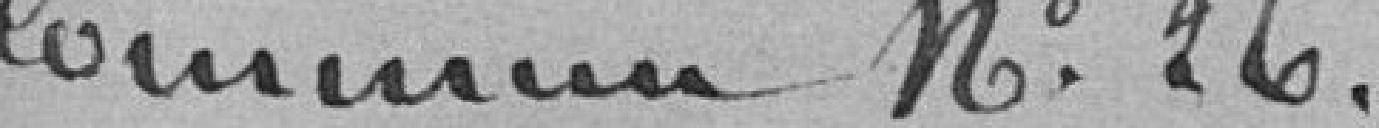
Commun N°26